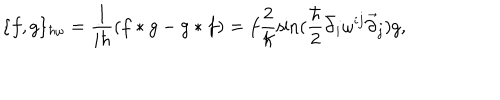
\{ f , g \} _ { \hbar \omega } = \frac { 1 } { i \hbar } ( f * g - g * f ) = f \frac { 2 } { \hbar } \sin ( \frac { \hbar } { 2 } \bar { \partial } _ { i } \omega ^ { i j } \vec { \partial } _ { j } ) g ,